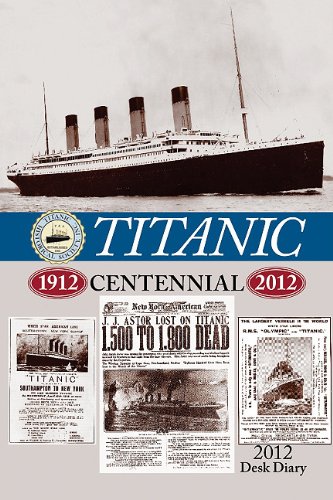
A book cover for Titanic Desk Diary; Calendars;